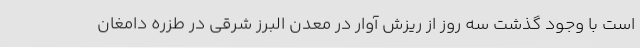
است با وجود گذشت سه روز از ریزش آوار در معدن البرز شرقی در طزره دامغان